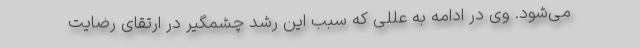
می‌شود. وی در ادامه به عللی که سبب این رشد چشمگیر در ارتقای رضایت